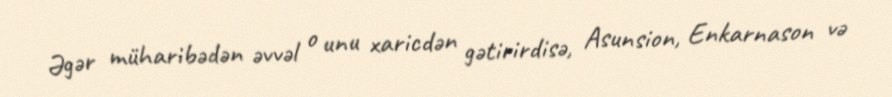
Əgər müharibədən əvvəl o unu xaricdən gətirirdisə, Asunsion, Enkarnason və